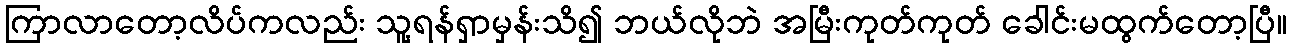
ကြာလာတော့လိပ်ကလည်း သူ့ရန်ရှာမှန်းသိ၍ ဘယ်လိုဘဲ အမြီးကုတ်ကုတ် ခေါင်းမထွက်တော့ပြီ။